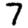
Digit: 7